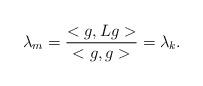
LaTeX: \begin{align*}\lambda_m=\frac{<g, Lg>}{<g, g>}=\lambda_k.\end{align*}